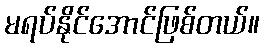
မရပ်နိုင်အောင်ဖြစ်တယ်။